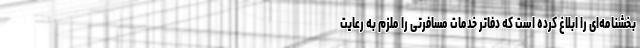
بخشنامه‌ای را ابلاغ کرده است که دفاتر خدمات مسافرتی را ملزم به رعایت